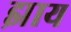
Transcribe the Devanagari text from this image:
झाय